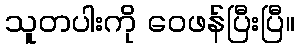
သူတပါးကို ဝေဖန်ပြီးပြီ။